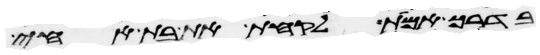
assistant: בדרך אמת לקחת את בת אחי